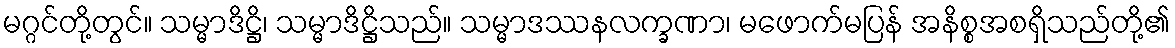
မဂ္ဂင်တို့တွင်။ သမ္မာဒိဋ္ဌိ၊ သမ္မာဒိဋ္ဌိသည်။ သမ္မာဒဿနလက္ခဏာ၊ မဖောက်မပြန် အနိစ္စအစရှိသည်တို့၏